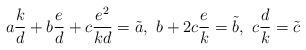
LaTeX: \begin{align*}a \frac{k}{d} + b\frac{e}{d}+ c\frac{e^{2}}{kd}=\tilde{a},\ b + 2c \frac{e}{k}=\tilde{b},\ c\frac{d}{k}= \tilde{c}\end{align*}